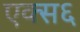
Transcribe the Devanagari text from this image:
एक्स६